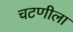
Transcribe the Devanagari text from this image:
चटणीला